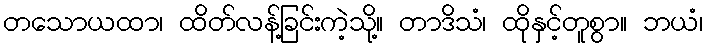
တသောယထာ၊ ထိတ်လန့်ခြင်းကဲ့သို့။ တာဒိသံ၊ ထိုနှင့်တူစွာ။ ဘယံ၊